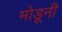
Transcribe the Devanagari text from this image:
मोडूनी